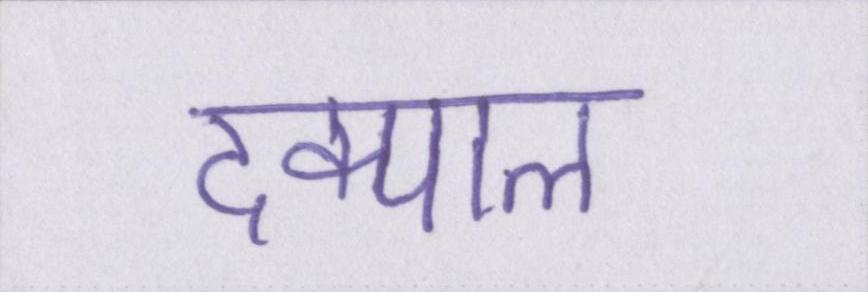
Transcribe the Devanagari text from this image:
दिक्पाल